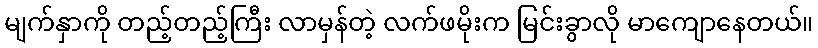
မျက်နှာကို တည့်တည့်ကြီး လာမှန်တဲ့ လက်ဖမိုးက မြင်းခွာလို မာကျောနေတယ်။